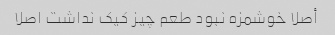
أصلا خوشمزه نبود طعم چیز کیک نداشت اصلا